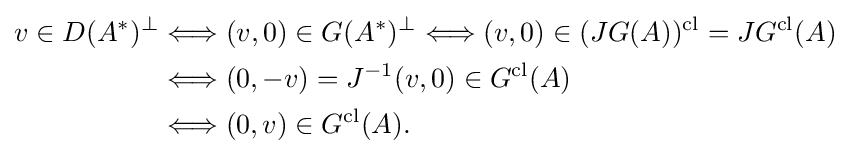
{\begin{aligned}v\in D(A^{*})^{\perp }&\Longleftrightarrow (v,0)\in G(A^{*})^{\perp }\Longleftrightarrow (v,0)\in (JG(A))^{\text{cl}}=JG^{\text{cl}}(A)\\&\Longleftrightarrow (0,-v)=J^{-1}(v,0)\in G^{\text{cl}}(A)\\&\Longleftrightarrow (0,v)\in G^{\text{cl}}(A).\end{aligned}}